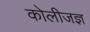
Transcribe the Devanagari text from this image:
कोलीजज्ञ